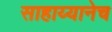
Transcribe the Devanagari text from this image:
साहाय्यानेच